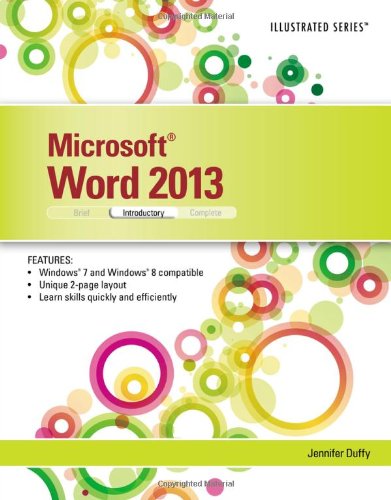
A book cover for Microsoft Word 2013: Illustrated Introductory; Jennifer Duffy; Computers & Technology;